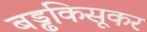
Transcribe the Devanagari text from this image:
बड्ढकिसूकर